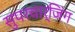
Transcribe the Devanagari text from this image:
सुपरचार्जिंग